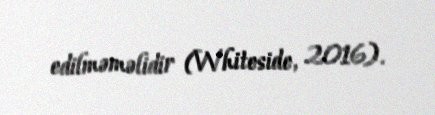
edilməməlidir (Whiteside, 2016).